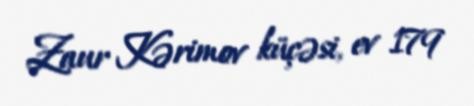
Zaur Kərimov küçəsi, ev 179